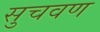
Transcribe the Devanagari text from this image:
सुचवण